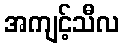
အကျင့်သီလ